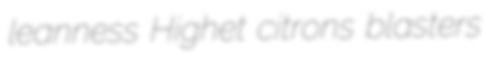
leanness Highet citrons blasters